Leaving Certificate Examination, 1907
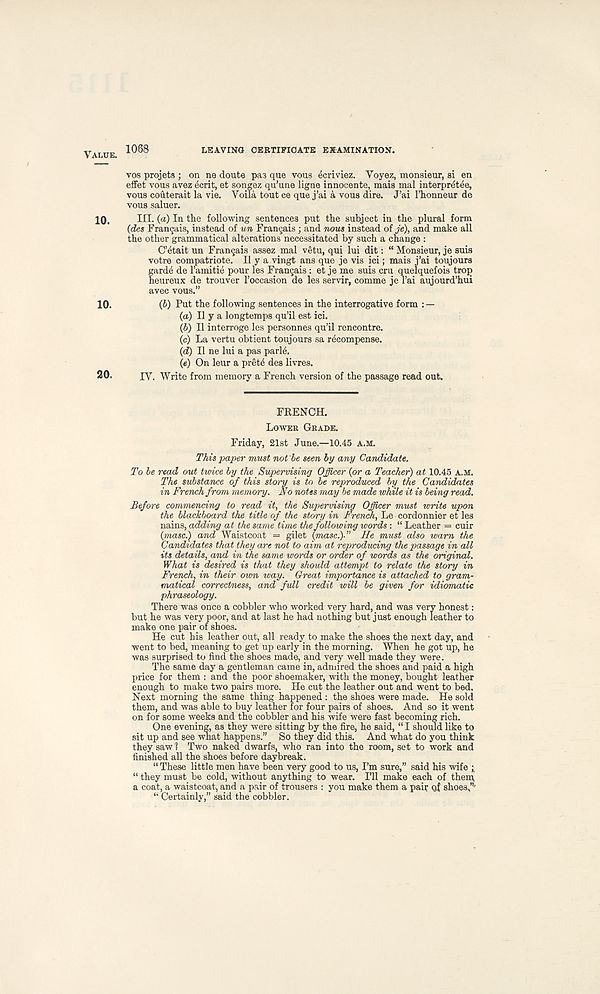
VALUE. 1068
LEAVING CERTIFICATE EXAMINATION.
10.
10.
20.
vos projets ; on ne doute pas que vous ecriviez. Voyez, monsieur, si en
effet vous avez 4crit, et songez qu’une ligne innocente, mais mal interpretee,
vous couterait la vie. Voila tout ce que j’ai a vous dire. J’ai I’honneur de
vous saluer.
III. (a) In the following sentences put the subject in the plural form
(des Frangais, instead of un Frangais; and nous instead of je), and make all
the other grammatical alterations necessitated by such a change :
C’^tait un Frangais assez mal vetu, qui lui dit: “ Monsieur, je suis
votre compatriote. II y a vingt ans que je vis ici; mais j’ai toujours
gard6 de I’amitie pour les Frangais : et je me suis cru quelquefois trop
heureux de trouver 1’occasion de les servir, comme je rai aujourd’hui
avec vous.”
(6) Put the following sentences in the interrogative form : —
(a) II y a longtemps qu’il est ici.
(b) II interroge les personnes qu’il rencontre.
(c) La vertu obtient toujours sa recompense.
(d) II ne lui a pas parle.
(«) On leur a prete des livres.
IV. Write from memory a French version of the passage read out.
FRENCH.
LOWER GRADE.
Friday, 21st June.—10.45 A.M.
This paper must not be seen by any Candidate.
To be read out twice by the Supervising Officer (or a Teacher) at 10.45 A.M.
The substance of this story is to be reproduced by the Candidates
in French from memory. No notes may be made while it is being read.
Before commencing to read it, the Supervising Officer must write upon
the blackboard the title of the story in French, Le cordonnier et les
nains, adding at the same time the following words : “ Leather = cuir
{masc.) and Waistcoat = gilet (masc.)-” He must also warn the
Candidates that they are not to aim at reproducing the passage in all
its details, and in the same words or order of words as the original.
What is desired is that they should attempt to relate the story in
French, in their own way. Great importance is attached to gram-
matical correctness, and full credit will be given for idiomatic
phraseology.
There was once a cobbler who worked very hard, and was very honest:
but he was very poor, and at last he had nothing but just enough leather to
make one pair of shoes.
He cut his leather out, all ready to make the shoes the next day, and
went to bed, meaning to get up early in the morning. When he got up, he
was surprised to find the shoes made, and very well made they were.
The same day a gentleman came in, admired the shoes and paid a high
price for them : and the poor shoemaker, with the money, bought leather
enough to make two pairs more. He cut the leather out and went to bed.
Next morning the same thing happened : the shoes were made. He sold
them, and was able to buy leather for four pairs of shoes. And so it went
on for some weeks and the cobbler and his wife were fast becoming rich.
One evening, as they were sitting by the fire, he said, “ I should like to
sit up and see what happens.” So they did this. And what do you think
they saw 1 Two naked dwarfs, who ran into the room, set to work and
finished all the shoes before daybreak.
“ These little men have been very good to us, I’m sure,” said his wife
“ they must be cold, without anything to wear. I’ll make each of them
a coat, a waistcoat, and a pair of trousers : you make them a pair qf shoes.”'
“ Certainly,” said the cobbler.